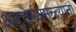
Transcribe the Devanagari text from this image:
अवृत्तेर्मयमन्त्यानां